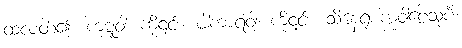
ထလတ်၍။ ကုဋ္ဋံဝါ၊ ကို၎င်း။ ပါကာရံဝါ၊ ကို၎င်း။ သိနေရုစက္ကဝါဠေသုပိ၊